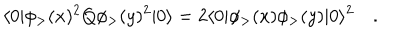
LaTeX: \langle 0 | \phi _ { > } ( x ) ^ { 2 } Q \phi _ { > } ( y ) ^ { 2 } | 0 \rangle = 2 \langle 0 | \phi _ { > } ( x ) \phi _ { > } ( y ) | 0 \rangle ^ { 2 } \quad .